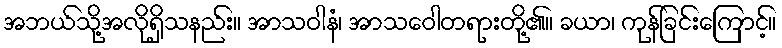
အဘယ်သို့အလိုရှိသနည်း။ အာသဝါနံ၊ အာသဝေါတရားတို့၏။ ခယာ၊ ကုန်ခြင်းကြောင့်။